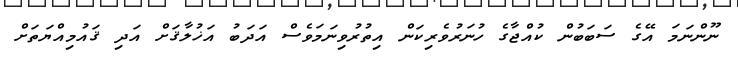
ނޫންނަމަ އޭގެ ސަބަބުން ކުއްޖާގެ ހުނަރުވެރިކަން އިތުރުވިނަމަވެސް އަދަބު އަޚުލާޤަށް އަދި ޤައުމިއްޔަތަށް